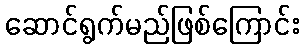
ဆောင်ရွက်မည်ဖြစ်ကြောင်း